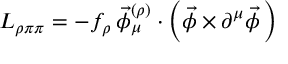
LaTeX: { \cal L } _ { \rho \pi \pi } = - f _ { \rho } \, \vec { \phi } _ { \mu } ^ { ( \rho ) } \cdot \left( \vec { \phi } \times \partial ^ { \mu } \vec { \phi } \, \right)